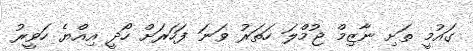
ގައުމީ ތަށި ނާޒިމް ޖުމްލަ ހަތަރު ވަނަ ފަހަރަށް ހޯދީ އިއްޔެ ހަވީރު